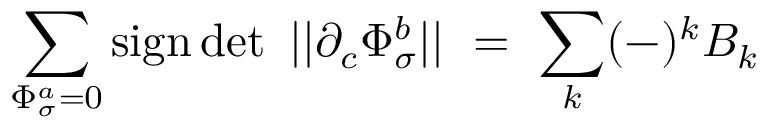
\sum _ { \Phi _ { \sigma } ^ { a } = 0 } \mathrm { s i g n } \operatorname * { d e t } \ | | \partial _ { c } \Phi _ { \sigma } ^ { b } | | ~ = ~ \sum _ { k } ( - ) ^ { k } B _ { k }